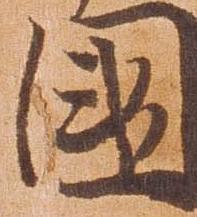
国